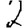
Digit: 2